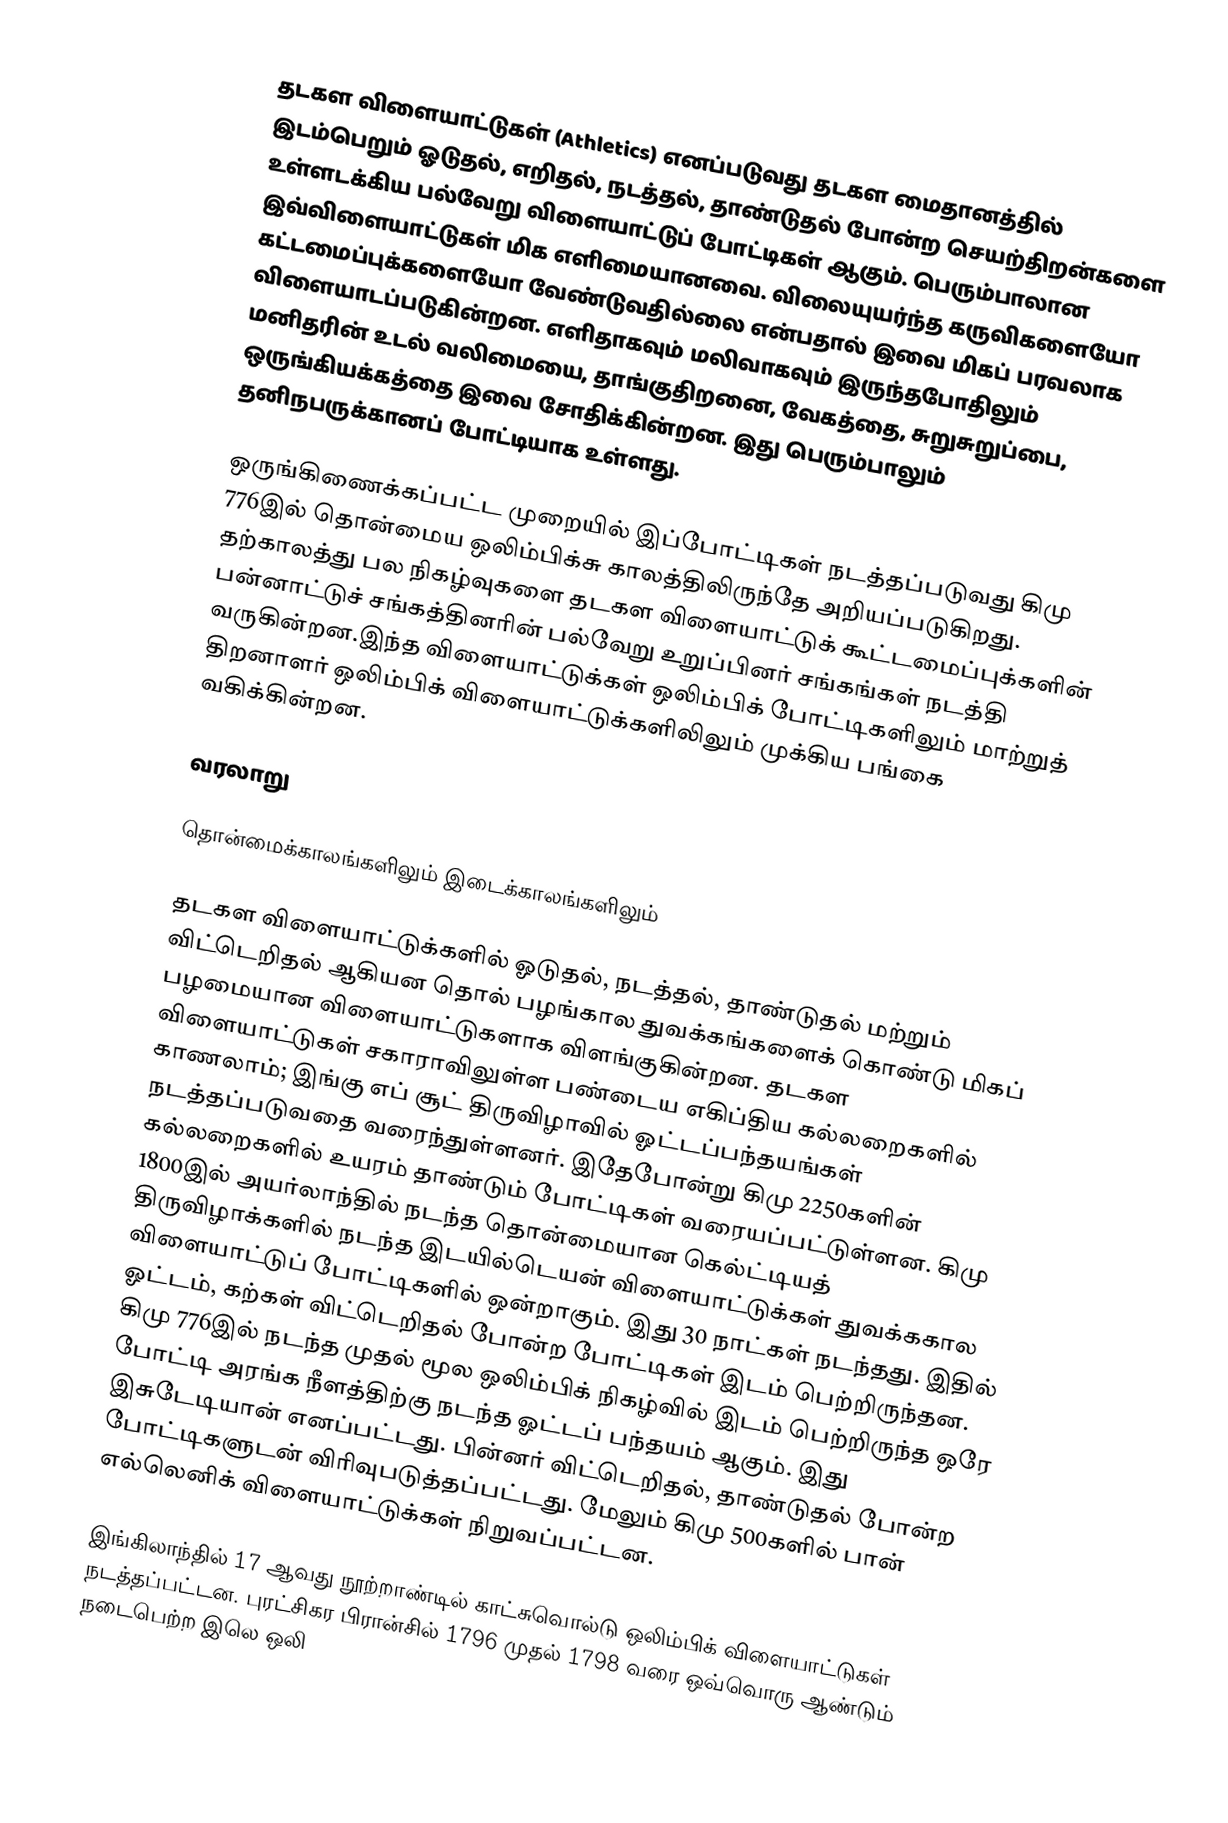
தடகள விளையாட்டுகள் (Athletics) எனப்படுவது தடகள மைதானத்தில் இடம்பெறும் ஓடுதல், எறிதல், நடத்தல், தாண்டுதல் போன்ற செயற்திறன்களை உள்ளடக்கிய பல்வேறு விளையாட்டுப் போட்டிகள் ஆகும். பெரும்பாலான இவ்விளையாட்டுகள் மிக எளிமையானவை. விலையுயர்ந்த கருவிகளையோ கட்டமைப்புக்களையோ வேண்டுவதில்லை என்பதால் இவை மிகப் பரவலாக விளையாடப்படுகின்றன. எளிதாகவும் மலிவாகவும் இருந்தபோதிலும் மனிதரின் உடல் வலிமையை, தாங்குதிறனை, வேகத்தை, சுறுசுறுப்பை, ஒருங்கியக்கத்தை இவை சோதிக்கின்றன. இது பெரும்பாலும் தனிநபருக்கானப் போட்டியாக உள்ளது.

ஒருங்கிணைக்கப்பட்ட முறையில் இப்போட்டிகள் நடத்தப்படுவது கிமு 776இல் தொன்மைய ஒலிம்பிக்சு காலத்திலிருந்தே அறியப்படுகிறது. தற்காலத்து பல நிகழ்வுகளை தடகள விளையாட்டுக் கூட்டமைப்புக்களின் பன்னாட்டுச் சங்கத்தினரின் பல்வேறு உறுப்பினர் சங்கங்கள் நடத்தி வருகின்றன.இந்த விளையாட்டுக்கள் ஒலிம்பிக் போட்டிகளிலும் மாற்றுத் திறனாளர் ஒலிம்பிக் விளையாட்டுக்களிலிலும் முக்கிய பங்கை வகிக்கின்றன.

வரலாறு

தொன்மைக்காலங்களிலும் இடைக்காலங்களிலும்

தடகள விளையாட்டுக்களில் ஓடுதல், நடத்தல், தாண்டுதல் மற்றும் விட்டெறிதல் ஆகியன  தொல் பழங்கால துவக்கங்களைக் கொண்டு மிகப் பழமையான விளையாட்டுகளாக விளங்குகின்றன. தடகள விளையாட்டுகள் சகாராவிலுள்ள பண்டைய எகிப்திய கல்லறைகளில் காணலாம்; இங்கு எப் சூட் திருவிழாவில்  ஓட்டப்பந்தயங்கள் நடத்தப்படுவதை வரைந்துள்ளனர். இதேபோன்று கிமு 2250களின் கல்லறைகளில் உயரம் தாண்டும்  போட்டிகள் வரையப்பட்டுள்ளன. கிமு 1800இல் அயர்லாந்தில் நடந்த தொன்மையான கெல்ட்டியத் திருவிழாக்களில் நடந்த இடயில்டெயன் விளையாட்டுக்கள்  துவக்ககால விளையாட்டுப் போட்டிகளில் ஒன்றாகும். இது 30 நாட்கள் நடந்தது. இதில் ஓட்டம், கற்கள் விட்டெறிதல் போன்ற போட்டிகள் இடம் பெற்றிருந்தன. கிமு 776இல் நடந்த முதல் மூல ஒலிம்பிக் நிகழ்வில் இடம் பெற்றிருந்த ஒரே போட்டி அரங்க நீளத்திற்கு நடந்த ஓட்டப் பந்தயம் ஆகும். இது  இசுடேடியான் எனப்பட்டது. பின்னர் விட்டெறிதல், தாண்டுதல் போன்ற போட்டிகளுடன் விரிவுபடுத்தப்பட்டது. மேலும் கிமு 500களில் பான் எல்லெனிக்  விளையாட்டுக்கள் நிறுவப்பட்டன.

இங்கிலாந்தில் 17 ஆவது நூற்றாண்டில் காட்சுவொல்டு ஒலிம்பிக் விளையாட்டுகள் நடத்தப்பட்டன. புரட்சிகர பிரான்சில் 1796 முதல் 1798 வரை ஒவ்வொரு ஆண்டும்   நடைபெற்ற இலெ ஒலி